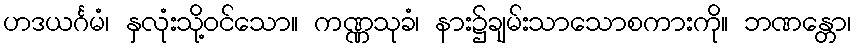
ဟဒယင်္ဂမံ၊ နှလုံးသို့ဝင်သော။ ကဏ္ဏသုခံ၊ နား၌ချမ်းသာသောစကားကို။ ဘဏန္တော၊